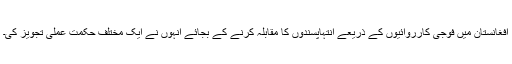
افغانستان میں فوجی کارروائیوں کے ذریعے انتہاپسندوں کا مقابلہ کرنے کے بجائے انہوں نے ایک ٕمختلف حکمت عملی تجویز کی۔